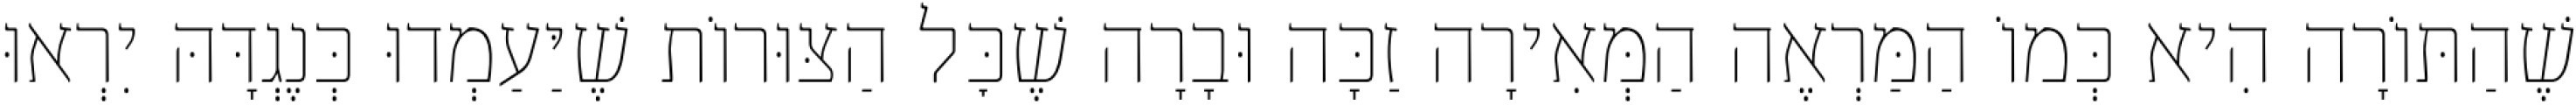
שֶׁהַתּוֹרָה הִיא כְּמוֹ הַמַּרְאֶה הַמְּאִירָה זַכָּה וּבָרָה שֶׁכׇּל הַצּוּרוֹת שֶׁיַּעַמְדוּ כְּנֶגְדָּהּ יִרְאוּ